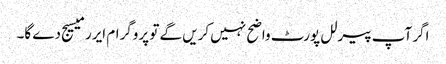
اگر آپ پیرلل پورٹ واضح نہیں کریں گے تو پروگرام ایرر میسیج دے گا۔